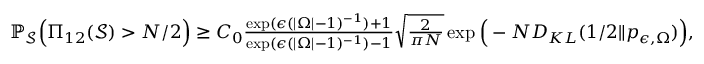
\begin{array} { r } { \mathbb { P } _ { \mathcal { S } } \Big ( \Pi _ { 1 2 } ( \mathcal { S } ) > N / 2 \Big ) \geq C _ { 0 } \frac { \exp ( \epsilon ( | \Omega | - 1 ) ^ { - 1 } ) + 1 } { \exp ( \epsilon ( | \Omega | - 1 ) ^ { - 1 } ) - 1 } \sqrt { \frac { 2 } { \pi N } } \exp \Big ( - N D _ { K L } ( 1 / 2 \Vert p _ { \epsilon , \Omega } ) \Big ) , } \end{array}